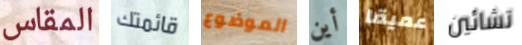
المقاس قائمتك الموضوع أين عميقا تشائين